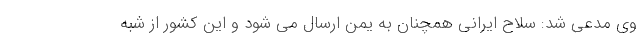
وی مدعی شد: سلاح ایرانی همچنان به یمن ارسال می شود و این کشور از شبه